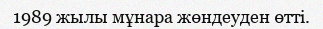
1989 жылы мұнара жөндеуден өтті.